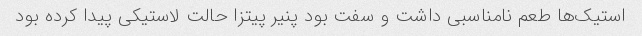
استیک‌ها طعم نامناسبی داشت و سفت بود پنیر پیتزا حالت لاستیکی پیدا کرده بود